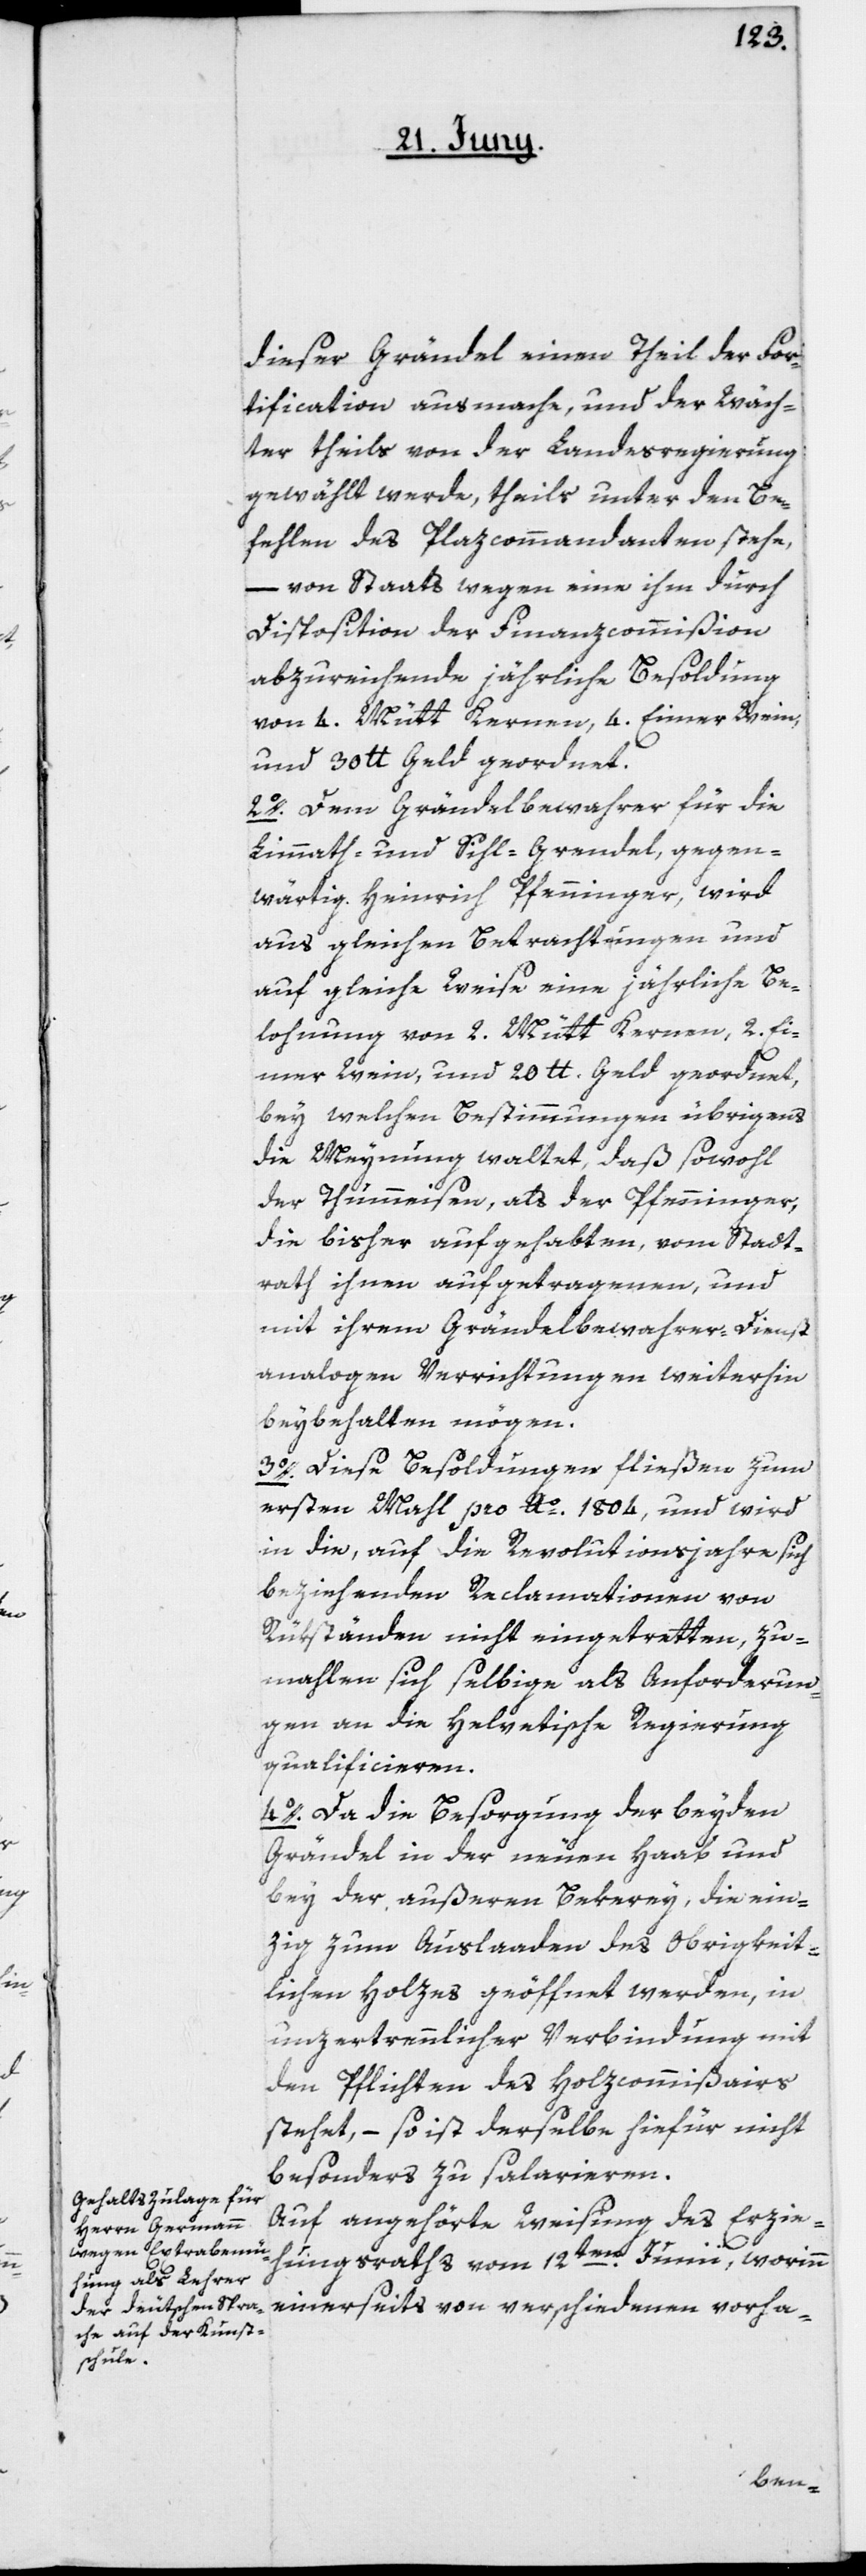
dieser Grändel einen Theil der For¬
tification ausmache, und der Wäch¬
ter theils von der Landesregierung
gewählt werde, theils unter den Be¬
fehlen des Plazcommandanten stehe,
– von Staats wegen eine ihm durch
Disposition der Finanzcommißion
abzureichende jährliche Besoldung
von 4. Mütt Kernen, 4. Eimer Wein
und 30 lb.Geld geordnet.
2o. Dem Grändelbewahrer für die
Limmath- und Sihl-Grendel, gegen¬
wärtig Heinrich Pfenninger, wird
aus gleichen Betrachtungen und
auf gleiche Weise eine jährliche Be¬
lohnung vom 2. Mütt Kernen, 2. Ei¬
mer Wein, und 20 lb. Geld geordnet,
bey welchen Bestimmungen übrigens
die Meynung waltet, daß sowohl
der Thummeisen, als der Pfenninger,
die bisher aufgehabten, vom Stadt¬
rath ihnen aufgetragenen, und
mit ihrem Grändelbewahrer-Dienst
analogen Verrichtung weiterhin
beybehalten mögen.
3o. Diese Besoldungen fließen zum
ersten Mahl pro Ao 1804, und wird
in die, auf die Revolutionsjahre sich
beziehenden Reclamationen von
Rükständen nicht eingetretten, zu¬
mahlen sich selbige als Anforderun¬
gen an die Helvetische Regierung
qualificieren.
4o. Da die Besorgung der beyden
Grändel in der neuen Haab und
bey der außeren Bekerey, die ein¬
zig zum Auslaaden des Obrigkeit¬
lichen Holzes geöffnet werden, in
unzertrennlicher Verbindung mit
den Pflichten des Holzcommißairs
stehet, – so ist derselbe hiefür nicht
besonders zu salarieren.
Auf angehörte Weisung des Erzie¬
hungsraths vom 12ten Junii, worinn
einerseits von verschiedenen vorha-